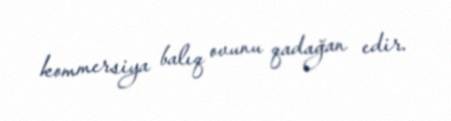
kommersiya balıq ovunu qadağan edir.